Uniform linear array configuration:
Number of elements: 24
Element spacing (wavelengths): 0.75
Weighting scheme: binomial
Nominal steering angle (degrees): -60
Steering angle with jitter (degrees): -61.794
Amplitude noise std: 0.05
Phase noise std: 0.05

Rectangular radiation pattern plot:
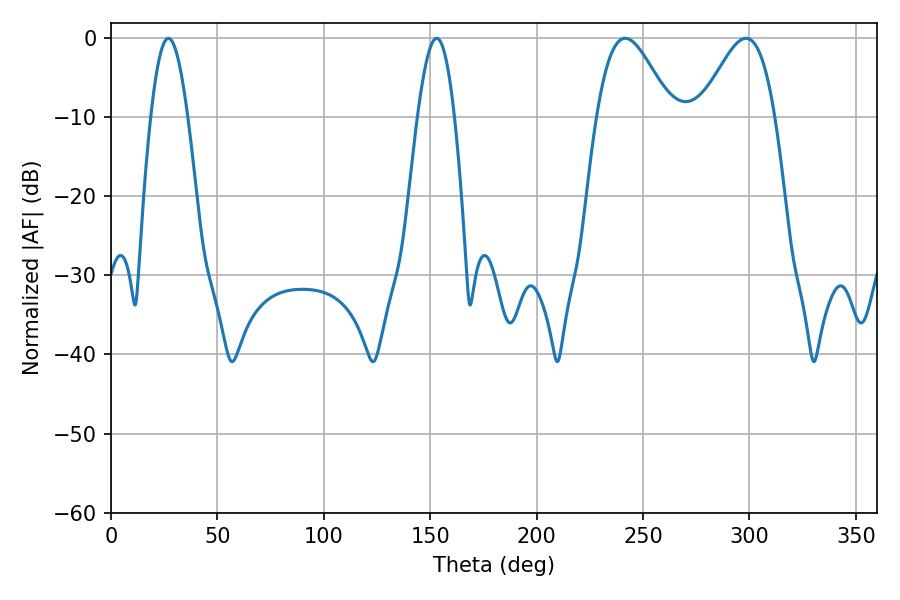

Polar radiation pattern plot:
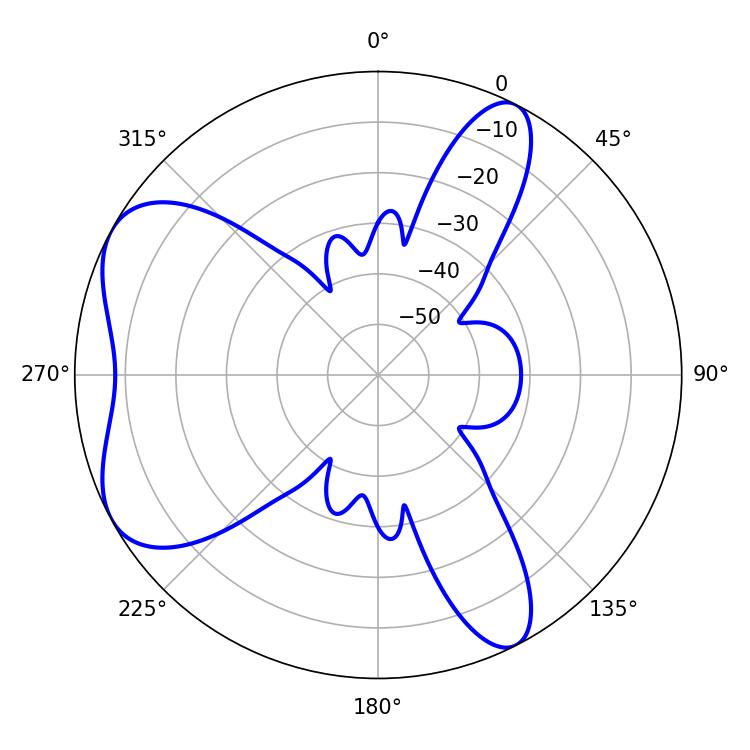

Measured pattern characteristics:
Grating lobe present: TRUE
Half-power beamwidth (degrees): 9.36
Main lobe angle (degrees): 27